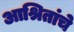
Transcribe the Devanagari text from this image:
आश्रितांचे